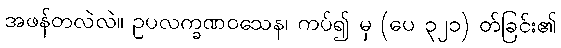
အဖန်တလဲလဲ။ ဥပလက္ခဏဝသေန၊ ကပ်၍ မှ (ပေ ၃၂၁) တ်ခြင်း၏